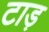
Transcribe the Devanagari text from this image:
टाड़